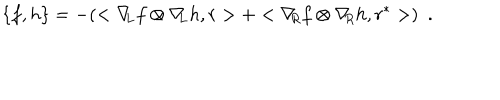
\{ f , h \} = - ( < \nabla \! \! _ { L } f \otimes \nabla \! \! _ { L } h , r > + < \nabla \! \! _ { R } f \otimes \nabla \! \! _ { R } h , r ^ { * } > ) \ \ .